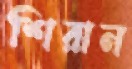
শিরান